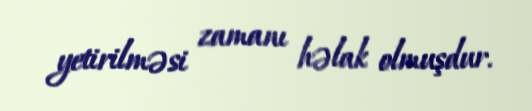
yetirilməsi zamanı həlak olmuşdur.